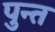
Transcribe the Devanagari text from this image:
पुन्त